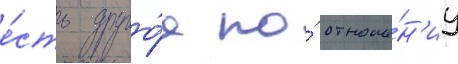
е́сть друго́е по́ отноше́н'иу